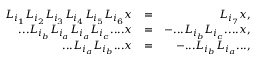
\begin{array} { r l r } { L _ { i _ { 1 } } L _ { i _ { 2 } } L _ { i _ { 3 } } L _ { i _ { 4 } } L _ { i _ { 5 } } L _ { i _ { 6 } } x } & { = } & { L _ { i _ { 7 } } x , } \\ { . . . L _ { i _ { b } } L _ { i _ { a } } L _ { i _ { a } } L _ { i _ { c } } . . . . x } & { = } & { - . . . L _ { i _ { b } } L _ { i _ { c } } . . . . x , } \\ { . . . L _ { i _ { a } } L _ { i _ { b } } . . . x } & { = } & { - . . . L _ { i _ { b } } L _ { i _ { a } } . . . , } \end{array}